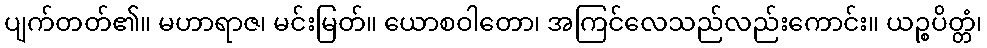
ပျက်တတ်၏။ မဟာရာဇ၊ မင်းမြတ်။ ယောစဝါတော၊ အကြင်လေသည်လည်းကောင်း။ ယဉ္စပိတ္တံ၊